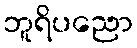
ဘူရိပညော